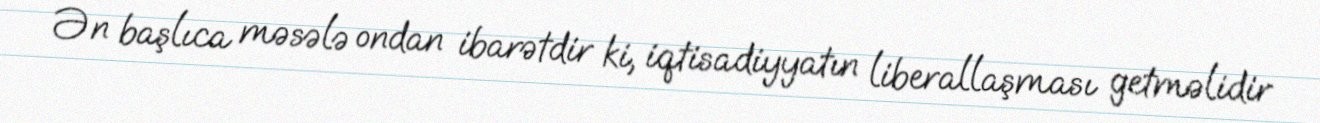
Ən başlıca məsələ ondan ibarətdir ki, iqtisadiyyatın liberallaşması getməlidir